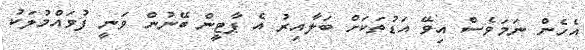
އެހެން ނަމަވެސް އިވޭ އަޑުތަކަށް ބަލާއިރު އެ ޕާޓީން ބޭނުން ވަނީ ފުވައްމުލަކު